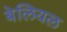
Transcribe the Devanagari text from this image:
बेलियल